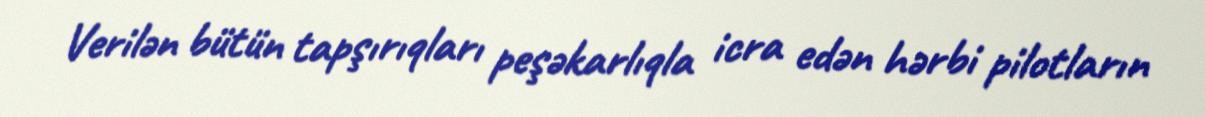
Verilən bütün tapşırıqları peşəkarlıqla icra edən hərbi pilotların